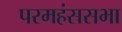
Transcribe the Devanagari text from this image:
परमहंससभा